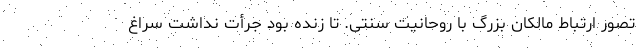
تصور ارتباط مالکان بزرگ با روحانیت سنتی. تا زنده بود جرأت نداشت سراغ